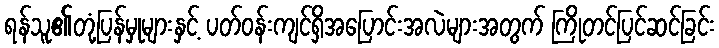
ရန်သူ၏တုံ့ပြန်မှုများနှင့် ပတ်ဝန်းကျင်ရှိအပြောင်းအလဲများအတွက် ကြိုတင်ပြင်ဆင်ခြင်း